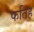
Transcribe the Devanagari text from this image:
फतिह